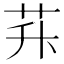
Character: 𦭊